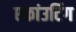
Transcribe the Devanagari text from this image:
एकांउटिंग